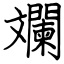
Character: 斕